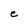
Character: e